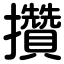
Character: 攢